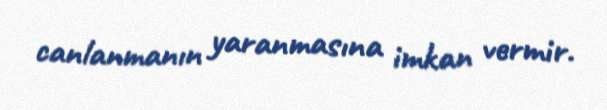
canlanmanın yaranmasına imkan vermir.